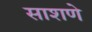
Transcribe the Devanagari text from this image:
साशणे